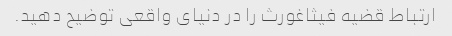
ارتباط قضیه فیثاغورث را در دنیای واقعی توضیح دهید.